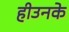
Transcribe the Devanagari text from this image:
हीउनके